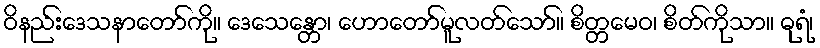
ဝိနည်းဒေသနာတော်ကို။ ဒေသေန္တော၊ ဟောတော်မူလတ်သော်။ စိတ္တမေဝ၊ စိတ်ကိုသာ။ ဓုရံ၊